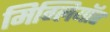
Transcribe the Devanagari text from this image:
मिग्लियॉर